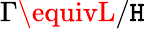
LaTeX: \Gamma\equivL/\mathtt{H}